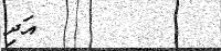
٦٧         އަދި